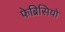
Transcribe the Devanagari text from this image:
फेब्रिसियो